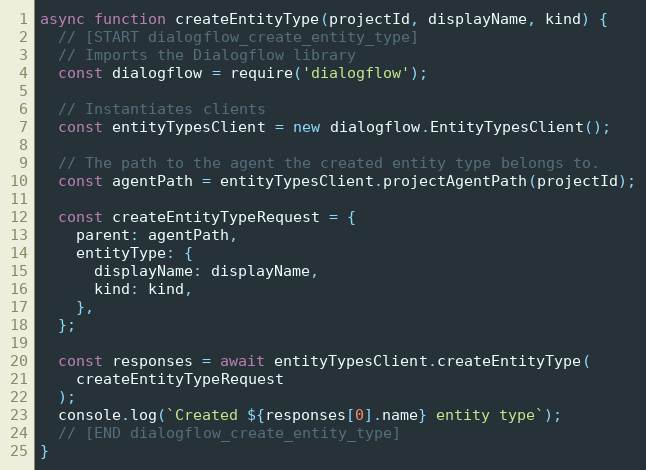
Language: JavaScript
async function createEntityType(projectId, displayName, kind) {
  // [START dialogflow_create_entity_type]
  // Imports the Dialogflow library
  const dialogflow = require('dialogflow');

  // Instantiates clients
  const entityTypesClient = new dialogflow.EntityTypesClient();

  // The path to the agent the created entity type belongs to.
  const agentPath = entityTypesClient.projectAgentPath(projectId);

  const createEntityTypeRequest = {
    parent: agentPath,
    entityType: {
      displayName: displayName,
      kind: kind,
    },
  };

  const responses = await entityTypesClient.createEntityType(
    createEntityTypeRequest
  );
  console.log(`Created ${responses[0].name} entity type`);
  // [END dialogflow_create_entity_type]
}